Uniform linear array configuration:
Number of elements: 48
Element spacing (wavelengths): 1
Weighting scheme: uniform
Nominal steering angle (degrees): -45
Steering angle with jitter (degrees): -45.519
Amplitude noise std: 0.05
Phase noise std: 0.05

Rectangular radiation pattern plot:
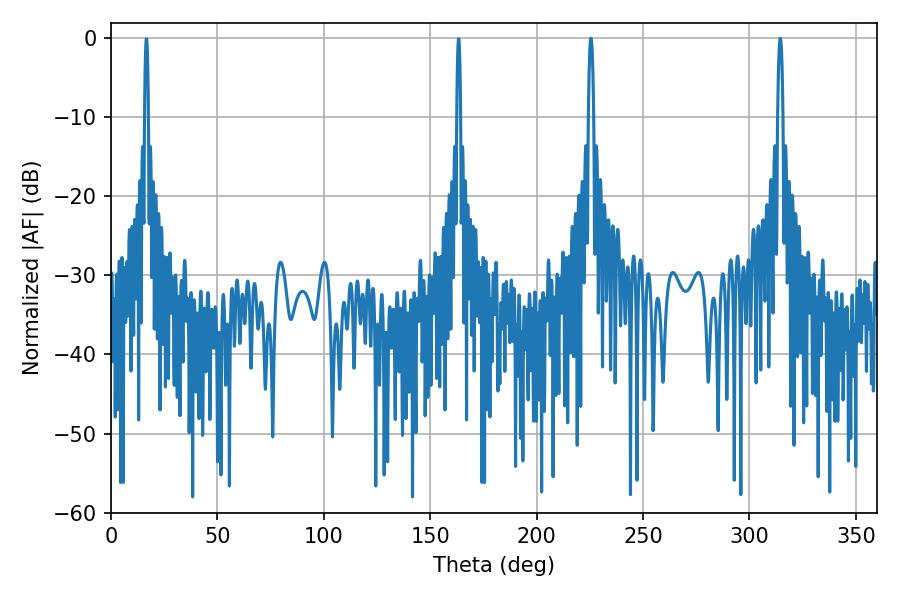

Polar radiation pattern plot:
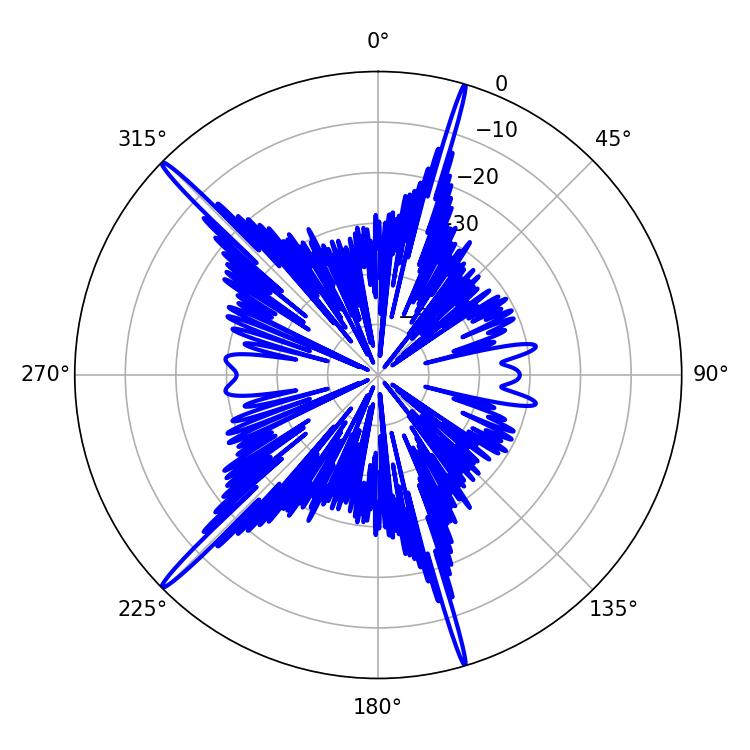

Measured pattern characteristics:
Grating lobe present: TRUE
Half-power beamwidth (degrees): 1.44
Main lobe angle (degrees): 314.46